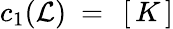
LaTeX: c_{1}({\cal L})~=~\left[\, K\, \right]